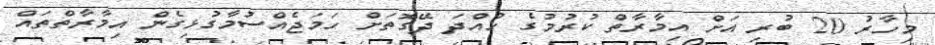
މިހާރު 20 ބުރި އަށް އިމާރާތް ކުރުމުގެ ހުއްދަ ދޭގޮތަށް ހަމަޖެއްސުމާގުޅިގެން އިމާރާތްތައް